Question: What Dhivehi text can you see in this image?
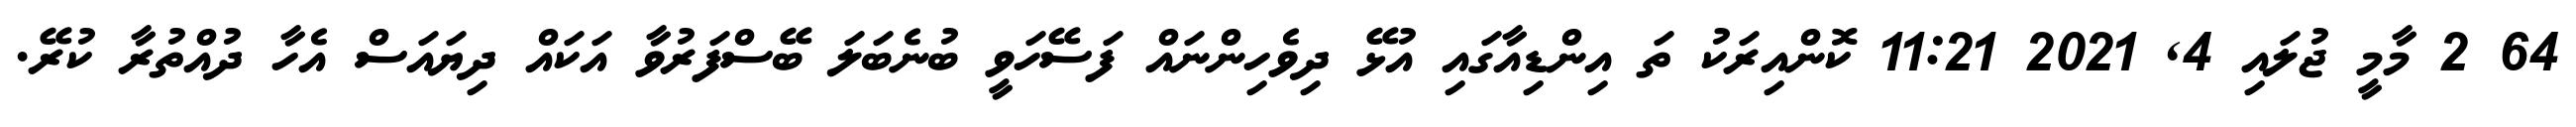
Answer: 64 2 މާމީ ޖުލައި 4, 2021 11:21 ކޮންއިރަކު ތަ އިންޑިއާގައި އުޅޭ ދިވެހިންނައް ފަސޭހަވީ ބުނެބަލަ ބޭސްފަރުވާ އަކައް ދިޔައަސް އެހާ ދުއްތުރާ ކުރޭ.